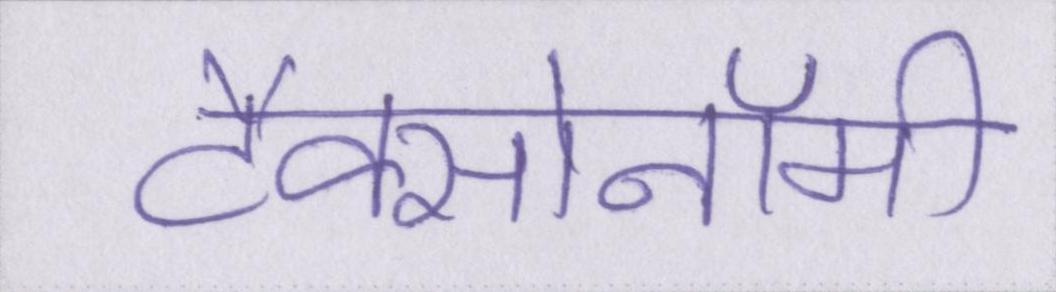
टैक्सोनॉमी